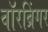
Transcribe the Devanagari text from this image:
वॉरब्रिंगर